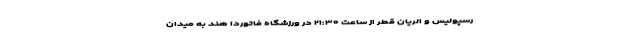
رسپولیس و الریان قطر از ساعت ۲۱:۳۰ در ورزشگاه فاتوردا هند به میدان